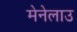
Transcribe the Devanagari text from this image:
मेनेलाउ